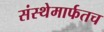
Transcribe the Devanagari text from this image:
संस्थेमार्फतच